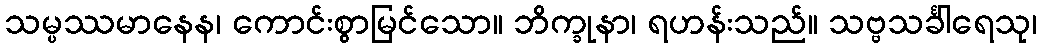
သမ္ပဿမာနေန၊ ကောင်းစွာမြင်သော။ ဘိက္ခုနာ၊ ရဟန်းသည်။ သဗ္ဗသင်္ခါရေသု၊